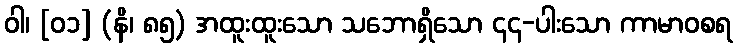
ဝါ၊ [၀၁] (နိ၊ ၈၅) အထူးထူးသော သဘောရှိသော ၄၄-ပါးသော ကာမာဝစရ